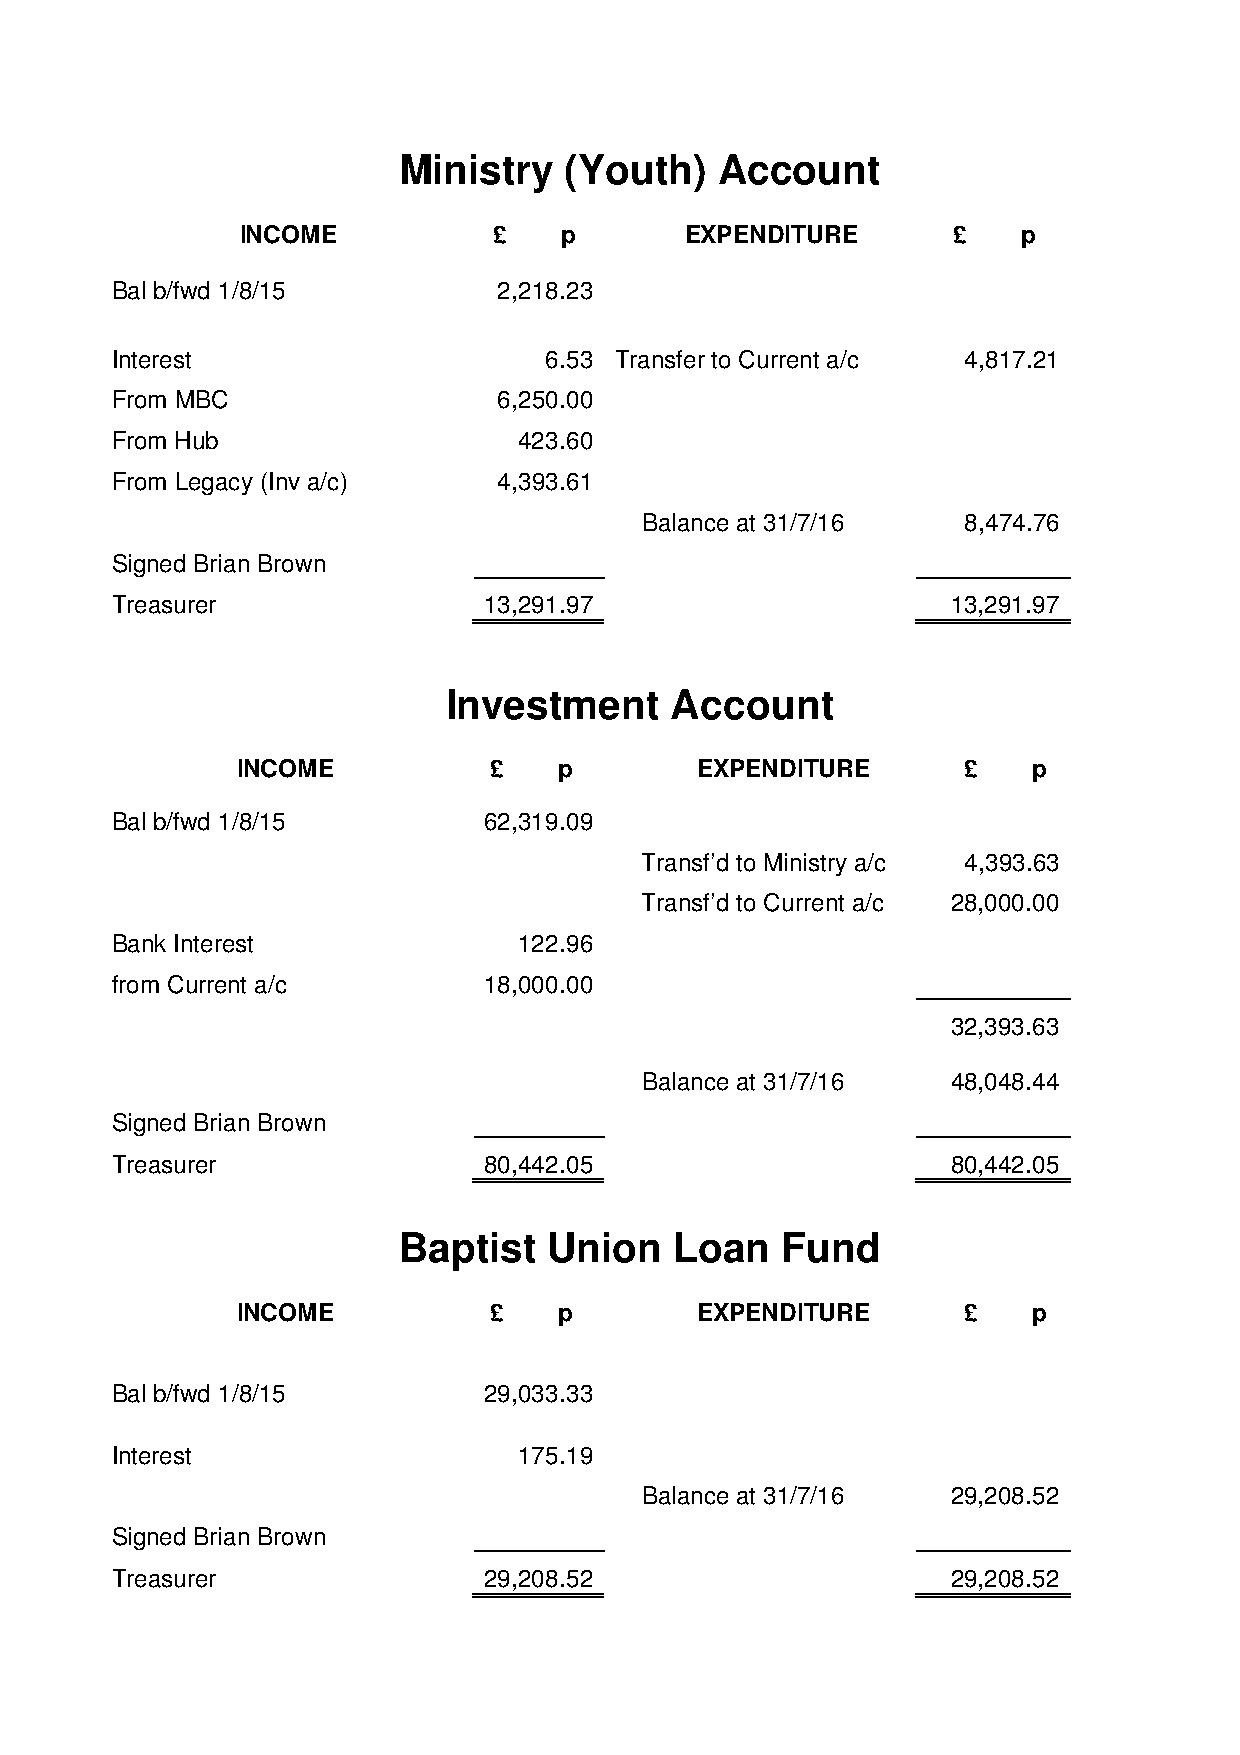
Ministry   (Youth)    Account
 INCOME           £   p       EXPENDITURE       £    p
 Bal b/fwd 1/8/15          2,218.23
 Interest                     6.53 Transfer to Current a/c 4,817.21
 From MBC                  6,250.00
 From Hub                   423.60
 From Legacy (Inv a/c)     4,393.61
 Balance at 31/7/16   8,474.76
 Signed Brian Brown
 Treasurer                13,291.97                      13,291.97
 Investment    Account
 INCOME          £    p        EXPENDITURE       £   p
 Bal b/fwd 1/8/15         62,319.09
 Transf’d to Ministry a/c 4,393.63
 Transf’d to Current a/c 28,000.00
 Bank Interest              122.96
 from Current a/c         18,000.00
 32,393.63
 Balance at 31/7/16  48,048.44
 Signed Brian Brown
 Treasurer                80,442.05                      80,442.05
 Baptist   Union    Loan   Fund
 INCOME          £    p        EXPENDITURE       £   p
 Bal b/fwd 1/8/15         29,033.33
 Interest                   175.19
 Balance at 31/7/16  29,208.52
 Signed Brian Brown
 Treasurer                29,208.52                      29,208.52